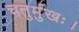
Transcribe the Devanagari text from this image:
चतुर्मुखः।